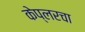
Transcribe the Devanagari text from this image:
केप्लरचा